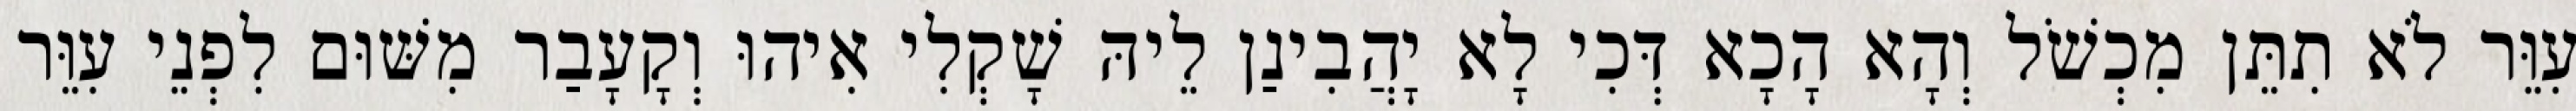
עִוֵּר לֹא תִתֵּן מִכְשֹׁל וְהָא הָכָא דְּכִי לָא יָהֲבִינַן לֵיהּ שָׁקְלִי אִיהוּ וְקָעָבַר מִשּׁוּם לִפְנֵי עִוֵּר